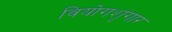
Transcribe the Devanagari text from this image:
वियोगशृंगार